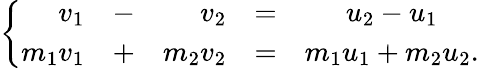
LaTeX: \left\{ {\begin{array}{rcrcc}{v_{1}}&{-}&{v_{2}}&{=}&{u_{2}-u_{1}}\\ {m_{1}v_{1}}&{+}&{m_{2}v_{2}}&{=}&{m_{1}u_{1}+m_{2}u_{2}.}\end{array}}\right.